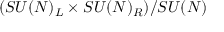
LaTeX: ( S U ( N ) _ { L } \times S U ( N ) _ { R } ) / S U ( N )